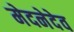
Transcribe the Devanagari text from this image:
मेदनेदेव